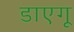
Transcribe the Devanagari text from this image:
डाएगू